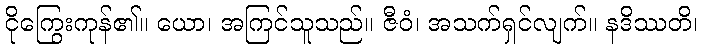
ငိုကြွေးကုန်၏။ ယော၊ အကြင်သူသည်။ ဇီဝံ၊ အသက်ရှင်လျက်။ နဒိဿတိ၊